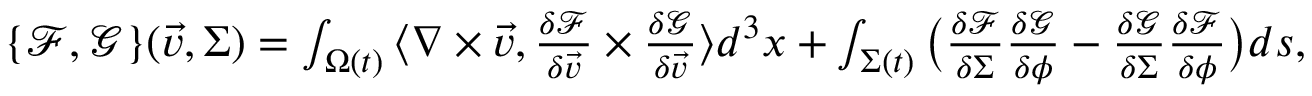
\begin{array} { r } { \{ \mathcal { F } , \mathcal { G } \} ( \vec { v } , \Sigma ) = \int _ { \Omega ( t ) } \big \langle \nabla \times \vec { v } , \frac { \delta \mathcal { F } } { \delta \vec { v } } \times \frac { \delta \mathcal { G } } { \delta \vec { v } } \big \rangle d ^ { 3 } x + \int _ { \Sigma ( t ) } \big ( \frac { \delta \mathcal { F } } { \delta \Sigma } \frac { \delta \mathcal { G } } { \delta \phi } - \frac { \delta \mathcal { G } } { \delta \Sigma } \frac { \delta \mathcal { F } } { \delta \phi } \big ) d s , } \end{array}